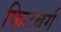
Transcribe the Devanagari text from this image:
फिटबर्ग